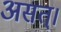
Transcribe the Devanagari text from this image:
असत्।